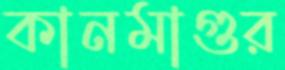
কানমাগুর